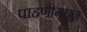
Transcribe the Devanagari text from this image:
पाहणीमधून